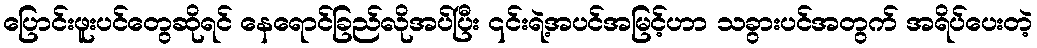
ပြောင်းဖူးပင်တွေဆိုရင် နေရောင်ခြည်လိုအပ်ပြီး ၎င်းရဲ့အပင်အမြင့်ဟာ သခွားပင်အတွက် အရိပ်ပေးတဲ့